Report of the Indian Hemp Drugs Commission, 1894-1895 - Volume IV
Year: 1894
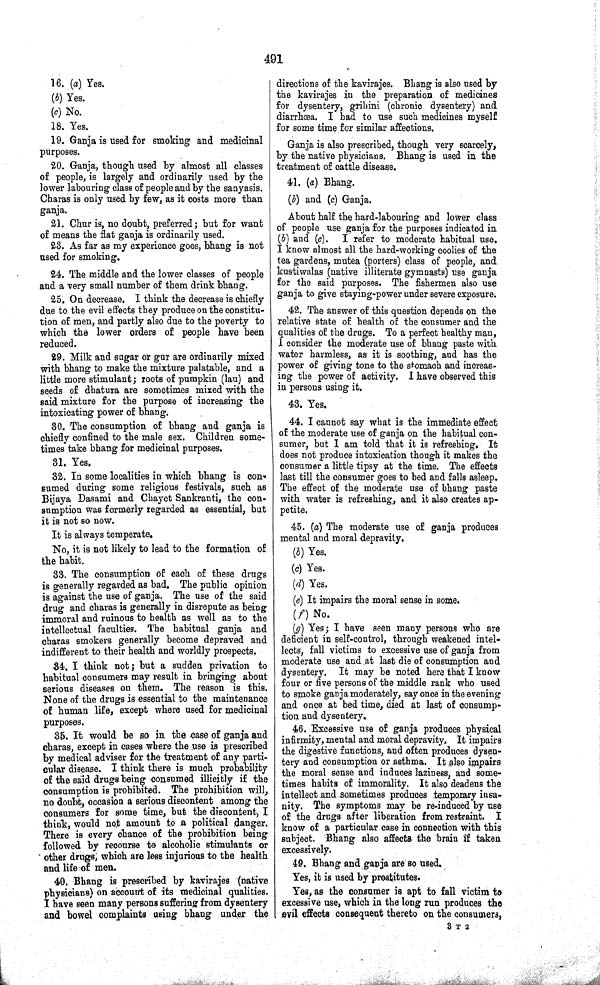
491
16. (a) Yes.
(b) Yes.
(c) No.
18. Yes.
19. Ganja is used for smoking and medicinal
purposes.
20. Ganja, though used by almost all classes
of people, is largely and ordinarily used by the
lower labouring class of people and by the sanyasis.
Charas is only used by few, as it costs more than
ganja.
21. Churis, no doubt, preferred; but for want
of means the flat ganja is ordinarily used.
23. As far as my experience goes, bhang is not
used for smoking.
24. The middle and the lower classes of people
and a very small number of them drink bhang.
25. On decrease, I think the decrease is chiefly
due to the evil effects they produce on the constitu-
tion of men, and partly also due to the poverty to
which the lower orders of people have been
reduced.
29. Milk and sugar or gur are ordinarily mixed
with bhang to make the mixture palatable, and a
little more stimulant; roots of pumpkin (lau) and
seeds of dhatura are sometimes mixed with the
said mixture for the purpose of increasing the
intoxicating power of bhang.
80. The consumption of bhang and ganja is
chiefly confined to the male sex. Children some-
times take bhang for medicinal purposes.
31. Yes.
32. In some localities in which bhang is con-
sumed during some religious festivals, such as
Bijaya Dasami and Chayet Sankranti, the con-
sumption was formerly regarded as essential, but
it is not so now.
It is always temperate.
No, it is not likely to lead to the formation of
the habit.
33. The consumption of each of these drugs
is generally regarded as bad. The public opinion
is against the use of ganja. The use of the said
drug and charas is generally in disrepute as being
immoral and ruinous to health as well as to the
intellectual faculties. The habitual ganja and
charas smokers generally become depraved and
indifferent to their health and worldly prospects.
34. I think not; but a sudden privation to
habitual consumers may result in bringing about
serious diseases on them. The reason is this.
None of the drugs is essential to the maintenance
of human life, except where used for medicinal
purposes.
35. It would be so in the case of ganja and
charas, except in cases where the use is prescribed
by medical adviser for the treatment of any parti-
cular disease. I think there is much probability
of the said drugs being consumed illicitly if the
consumption is prohibited. The prohibition will,
no doubt, occasion a serious discontent among the
consumers for some time, but the discontent, I
think, would not amount to a political danger.
There is every chance of the prohibition being
followed by recourse to alcoholic stimulants or
other drugs, which are less injurious to the health
and life of men.
40. Bhang is prescribed by kavirajes (native
physicians) on account of its medicinal qualities.
I have seen many persons suffering from dysentery
and bowel complaints using bhang under the
directions of the kavirajes. Bhang is also used by
the kavirajes in the preparation of medicines
for dysentery, grihini (chronic dysentery) and
diarrhoea. I had to use such medicines myself
for some time for similar affections.
Ganja is also prescribed, though very scarcely,
by the native physicians. Bhang is used in the
treatment of cattle disease.
41. (a) Bhang.
(b) and (c) Ganja.
About half the hard-labouring and lower class
of people use ganja for the purposes indicated in
(b) and (c). I refer to moderate habitual use.
I know almost all the hard-working coolies of the
tea gardens, mutea (porters) class of people, and
kustiwalas (native illiterate gymnasts) use ganja
for the said purposes. The fishermen also use
ganja to give staying-power under severe exposure.
42. The answer of this question depends on the
relative state of health of the consumer and the
qualities of the drugs. To a perfect healthy man,
I consider the moderate use of bhang paste with
water harmless, as it is soothing, and has the
power of giving tone to the stomach and increas-
ing the power of activity. I have observed this
in persons using it.
43. Yes.
44. I cannot say what is the immediate effect
of the moderate use of ganja on the habitual con-
sumer, but I am told that it is refreshing. It
does not produce intoxication though it makes the
consumer a little tipsy at the time. The effects
last till the consumer goes to bed and falls asleep.
The effect of the moderate use of bhang paste
with water is refreshing, and it also creates ap-
petite.
45. (a) The moderate use of ganja produces
mental and moral depravity.
(b) Yes.
(c) Yes.
(d) Yes.
(e) It impairs the moral sense in some.
(f) No.
(g) Yes; I have seen many persons who are
deficient in self-control, through weakened intel-
lects, fall victims to excessive use of ganja from
moderate use and at last die of consumption and
dysentery. It may be noted here that I know
four or five persons of the middle rank who used
to smoke ganja moderately, say once in the evening
and once at bed time, died at last of consump-
tion and dysentery.
46. Excessive use of ganja produces physical
infirmity, mental and moral depravity. It impairs
the digestive functions, and often produces dysen-
tery and consumption or asthma. It also impairs
the moral sense and induces laziness, and some-
times habits of immorality. It also deadens the
intellect and sometimes produces temporary insa-
nity. The symptoms may be re-induced by use
of the drugs after liberation from restraint,
I
know of a particular case in connection with this
subject. Bhang also affects the brain if taken
excessively.
49. Bhang and ganja are so used.
Yes, it is used by prostitutes.
Yes, as the consumer is apt to fall victim to
excessive use, which in the long run produces the
evil effects consequent thereto en the consumers,
3 T 2